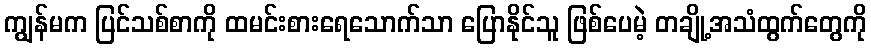
ကျွန်မက ပြင်သစ်စာကို ထမင်းစားရေသောက်သာ ပြောနိုင်သူ ဖြစ်ပေမဲ့ တချို့အသံထွက်တွေကို